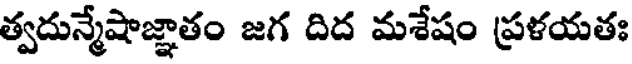
త్వదున్మేషాజ్ఞాతం జగ దిద మశేషం ప్రళయతః